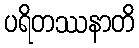
ပရိတဿနာတိ